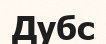
Дубс